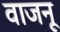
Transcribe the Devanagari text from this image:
वाजनू